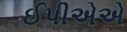
ઈપીએએ